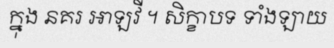
ក្នុង នគរ អាឡវី ។ សិក្ខាបទ ទាំងឡាយ